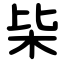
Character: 枈